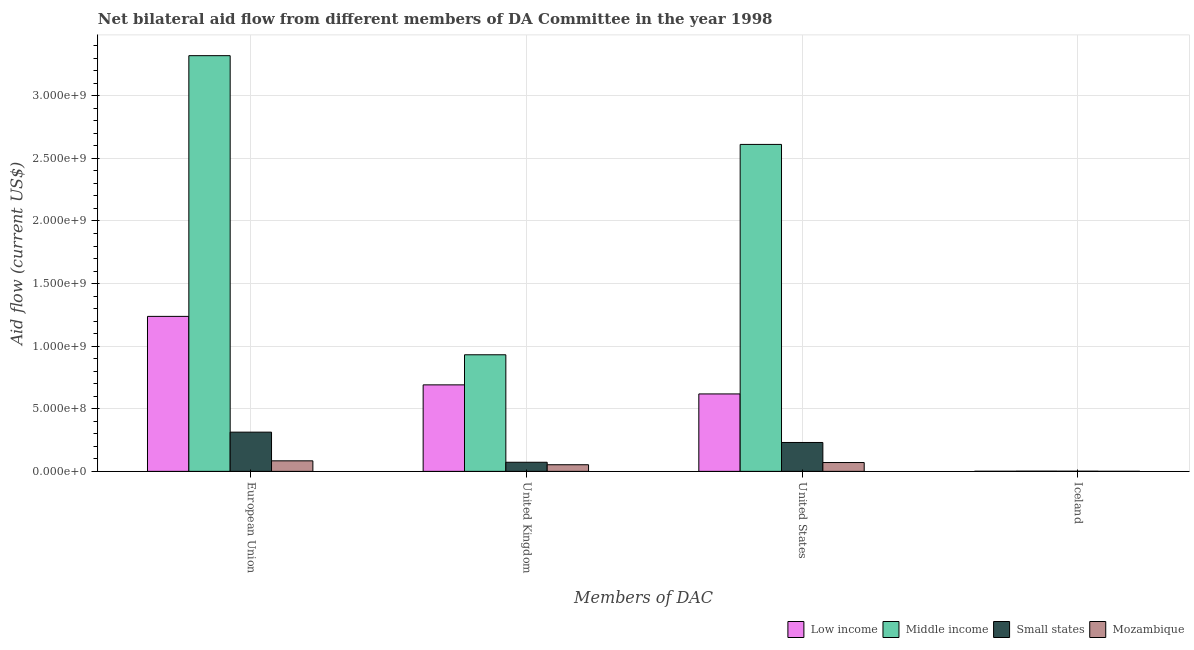
| Members of DAC | Low income | Middle income | Small states | Mozambique |
 | --- | --- | --- | --- | --- |
 | European Union | 1.24e+09 | 3.32e+09 | 3.13e+08 | 8.41e+07 |
 | United Kingdom | 6.91e+08 | 9.31e+08 | 7.27e+07 | 5.3e+07 |
 | United States | 6.19e+08 | 2.61e+09 | 2.31e+08 | 7.04e+07 |
 | Iceland | 8.3e+05 | 1.71e+06 | 1.29e+06 | 3.9e+05 |